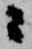
ニ